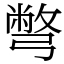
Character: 彆